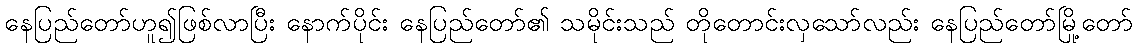
နေပြည်တော်ဟူ၍ဖြစ်လာပြီး နောက်ပိုင်း နေပြည်တော်၏ သမိုင်းသည် တိုတောင်းလှသော်လည်း နေပြည်တော်မြို့တော်